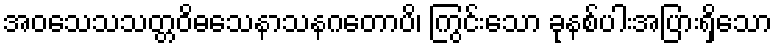
အဝသေသသတ္တဝိဓသေနာသနဂတောပိ၊ ကြွင်းသော ခုနစ်ပါးအပြားရှိသော